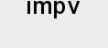
impv